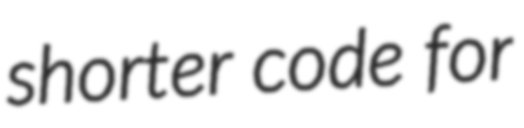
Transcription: shorter code for